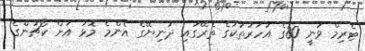
ޓެރިމް ވަނީ 80ގެ އަހަރުތަކުގެ ތެރޭގައި ދުނިޔޭގެ އެންމެ މޮޅު އަށް ކޯޗުންގެ